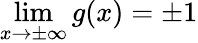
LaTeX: \operatorname*{lim}_{x\to\pm\infty}g(x)=\pm 1